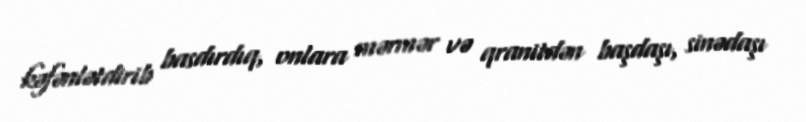
kəfənlətdirib basdırdıq, onlara mərmər və qranitdən başdaşı, sinədaşı